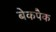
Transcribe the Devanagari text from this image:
बेकपैक